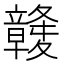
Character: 竷